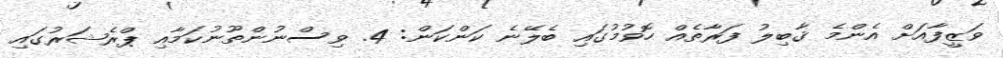
ވަޒީފާއަށް އެންމެ ޤާބިލު ފަރާތެއް ހޮވުމުގައި ބެލޭނެ ކަންކަން: 4. ވިސްނުންތޫނުކަމާއި ޕްރެޝަރުގައި